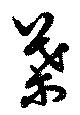
葉